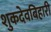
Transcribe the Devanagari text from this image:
शुकदेवबिहारी